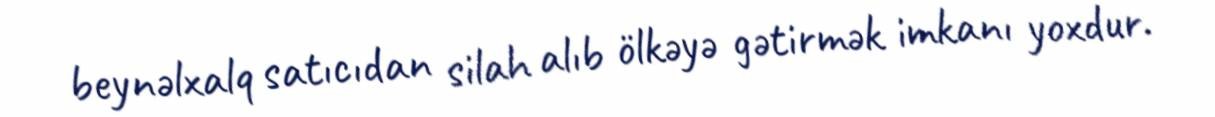
beynəlxalq satıcıdan silah alıb ölkəyə gətirmək imkanı yoxdur.